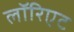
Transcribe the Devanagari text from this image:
लॉरिएट